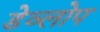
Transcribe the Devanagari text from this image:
डेव्लोप